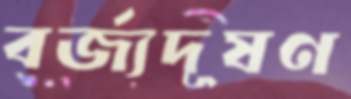
বর্জ্যদূষণ